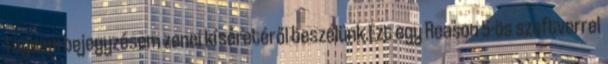
Tegnapi bejegyzésem zenei kíséretéről beszélünk.Ezt egy Reason 5-ös szoftverrel